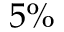
5 \%